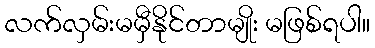
လက်လှမ်းမမှီနိုင်တာမျိုး မဖြစ်ရပါ။